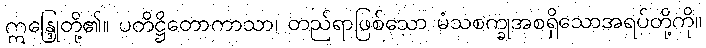
ဣန္ဒြေုတို့၏။ ပတိဋ္ဌိတောကာသာ၊ တည်ရာဖြစ်သော မံသစက္ခုအစရှိသောအရပ်တို့ကို။